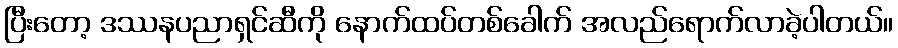
ပြီးတော့ ဒဿနပညာရှင်ဆီကို နောက်ထပ်တစ်ခေါက် အလည်ရောက်လာခဲ့ပါတယ်။